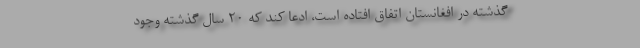
گذشته در افغانستان اتفاق افتاده است، ادعا کند که ۲۰ سال گذشته وجود